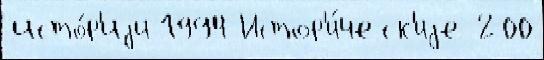
исто́р'иjи 1994 Истор'и́ческ'иjе 200